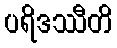
ပရိဒဿီတိ